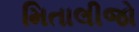
મિતાલીજો